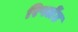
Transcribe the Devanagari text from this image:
रिपलेंट